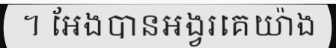
។ អែងបានអង្វរគេយ៉ាង